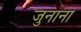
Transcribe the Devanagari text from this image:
जुनाना